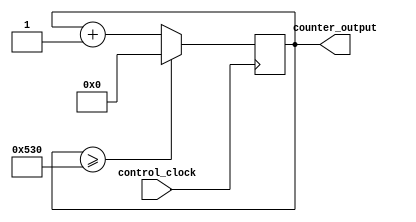
module Counter #(parameter COUNTER_SIZE = 11,
									WHOLE_FRAME  = 11'b10100110000)(
		input 													 control_clock,
		output [COUNTER_SIZE - 1 : 0] 					counter_output
    );
	 
		reg [COUNTER_SIZE - 1 : 0]   		  internal_register = 0;
	 
	 always @ (posedge control_clock) begin
		if(internal_register >= WHOLE_FRAME)
			internal_register <= 0;
		else 
			internal_register <= internal_register + 1;
	 end

		assign counter_output = internal_register; 

endmodule